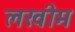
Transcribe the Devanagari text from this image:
लखीम